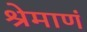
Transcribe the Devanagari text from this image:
श्रेमाणं